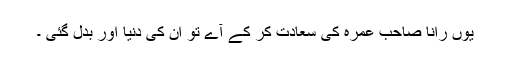
یوں رانا صاحب عمرہ کی سعادت کر کے آے تو ان کی دنیا اور بدل گئی ۔